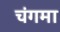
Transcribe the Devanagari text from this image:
चंगमा